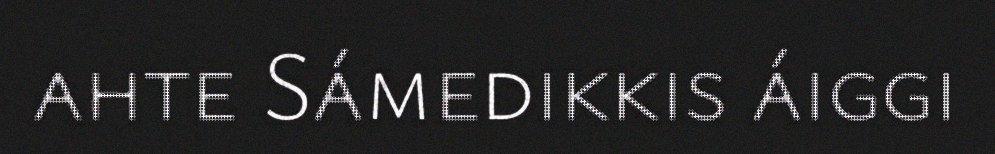
ahte Sámedikkis áiggi